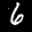
Label: 6